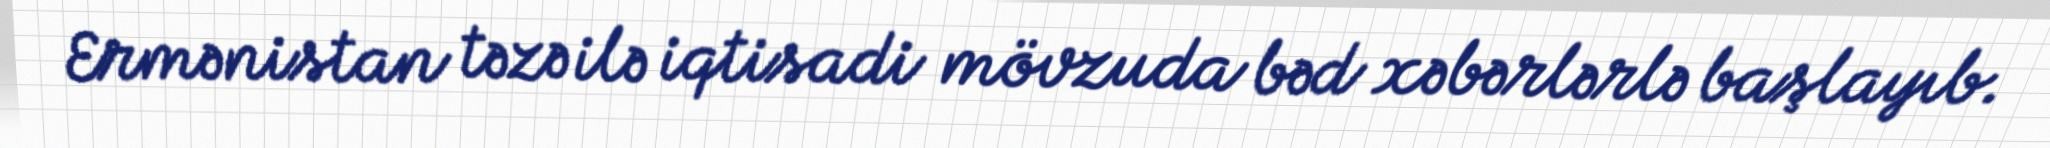
Ermənistan təzə ilə iqtisadi mövzuda bəd xəbərlərlə başlayıb.